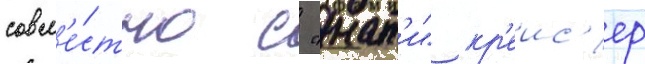
совм'е́стно с "нат'и" кр'еис'ер